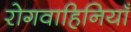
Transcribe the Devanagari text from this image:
रोगवाहिनियाँ